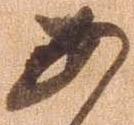
あ